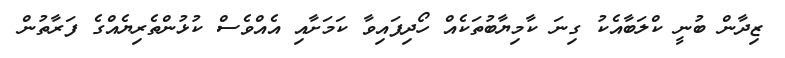
ޒިދާން ބުނީ ކްލަބާއެކު ގިނަ ކާމިޔާބުތަކެއް ހޯދިފައިވާ ކަމަށާއި އެއްވެސް ކުޅުންތެރިޔެއްގެ ފަރާތުން